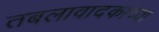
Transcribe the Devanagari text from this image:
तबलावादकांच्या